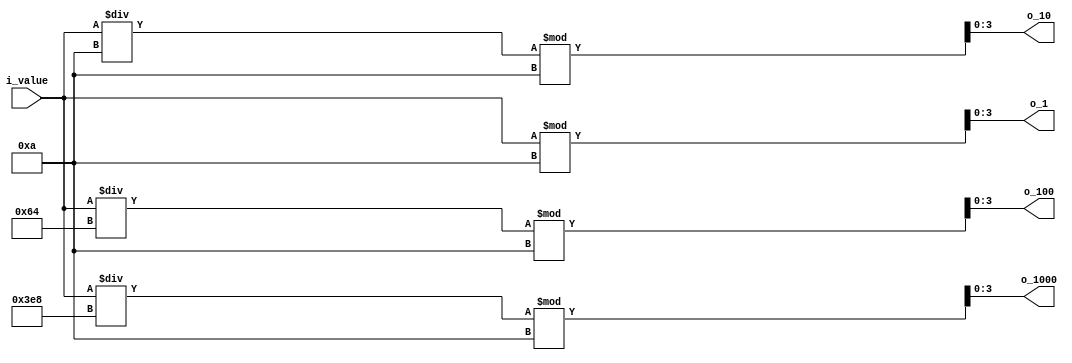
`timescale 1ns / 1ps

module digit_divider(
    input[13:0] i_value,  // 9999 2^14
    output[3:0] o_1000, o_100, o_10, o_1
    );
    //   
    assign o_1    = i_value % 10;
    assign o_10   = i_value / 10 % 10;
    assign o_100  = i_value / 100 % 10;
    assign o_1000 = i_value / 1000 % 10;

    /*
    9876 % 10 = 6
    9876 / 10 = 987, 987 % 10 = 7
    9876 / 100 = 98, 98 % 10 8
    9876 / 1000 = 9, 9 % 10 = 9 , 9876 .
    */
endmodule